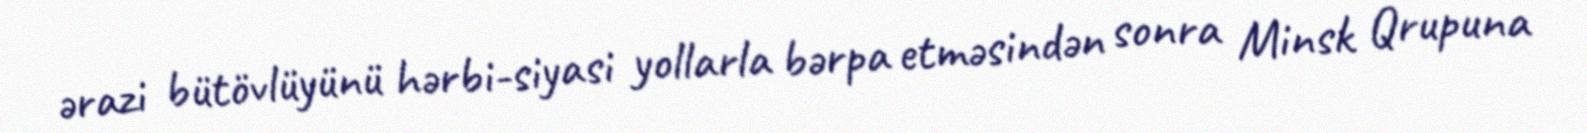
ərazi bütövlüyünü hərbi-siyasi yollarla bərpa etməsindən sonra Minsk Qrupuna